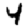
Digit: 4